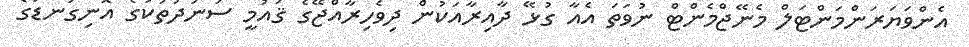
އެންވަޔަރަންމަންޓަލް މެނޭޖްމެންޓް ނުވަތަ އެއާ ގުޅޭ ދާއިރާއަކުން ދިވެހިރާއްޖޭގެ ޤައުމީ ސަނަދުތަކުގެ އޮނިގަނޑުގެ